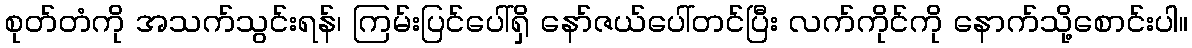
စုတ်တံကို အသက်သွင်းရန်၊ ကြမ်းပြင်ပေါ်ရှိ နော်ဇယ်ပေါ်တင်ပြီး လက်ကိုင်ကို နောက်သို့စောင်းပါ။